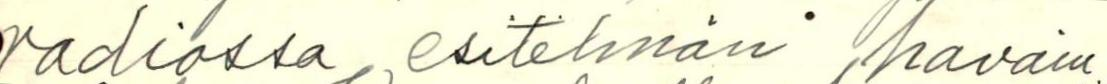
radiossa esitelmäni havain